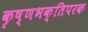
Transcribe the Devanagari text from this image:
कृष्णभक्तिपरक